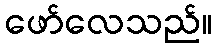
ဖော်လေသည်။